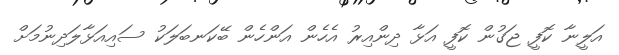
އަލީނާ ކޮފީ ޖަގުން ކޮފީ އަޅާ ދިންއިރު އެހެން އަންހެން ބޭކަނބަލަކު ސައިއަޅާލަދިނުމަށް